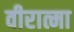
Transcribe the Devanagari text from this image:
वीरात्मा